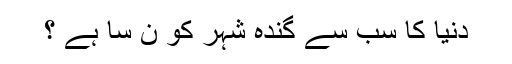
دنیا کا سب سے گندہ شہر کو ن سا ہے ؟